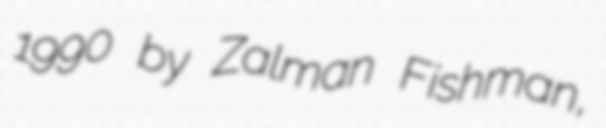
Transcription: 1990 by Zalman Fishman,